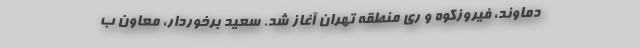
دماوند، فیروزکوه و ری منطقه تهران آغاز شد. سعید برخوردار، معاون ب